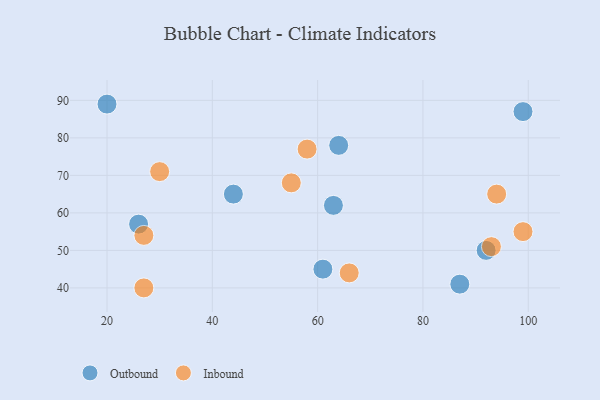
{"axis": {"x": "GDP", "y": "Life Expectancy"}, "legend": ["Inbound", "Outbound"], "data": [{"x": "61", "y": 45, "type": "Outbound"}, {"x": "63", "y": 62, "type": "Outbound"}, {"x": "26", "y": 57, "type": "Outbound"}, {"x": "99", "y": 87, "type": "Outbound"}, {"x": "87", "y": 41, "type": "Outbound"}, {"x": "20", "y": 89, "type": "Outbound"}, {"x": "64", "y": 78, "type": "Outbound"}, {"x": "92", "y": 50, "type": "Outbound"}, {"x": "44", "y": 65, "type": "Outbound"}, {"x": "94", "y": 65, "type": "Inbound"}, {"x": "30", "y": 71, "type": "Inbound"}, {"x": "66", "y": 44, "type": "Inbound"}, {"x": "27", "y": 54, "type": "Inbound"}, {"x": "93", "y": 51, "type": "Inbound"}, {"x": "55", "y": 68, "type": "Inbound"}, {"x": "58", "y": 77, "type": "Inbound"}, {"x": "27", "y": 40, "type": "Inbound"}, {"x": "99", "y": 55, "type": "Inbound"}]}